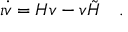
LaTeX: \imath \dot { v } = H v - v \tilde { H } ~ ~ ~ .